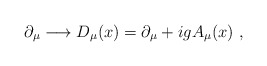
\begin{align*}\partial_\mu\longrightarrow D_\mu(x)=\partial_\mu+igA_\mu(x)\ ,\end{align*}